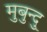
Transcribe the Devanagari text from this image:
मुबुन्दु